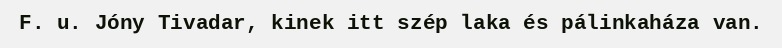
F. u. Jóny Tivadar, kinek itt szép laka és pálinkaháza van.